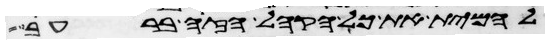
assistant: להמית את כל הקהל הזה ברעב